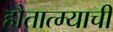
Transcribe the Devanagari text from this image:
हौतात्म्याची